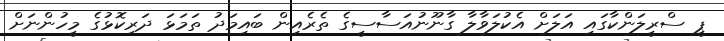
ޕީ ސްރީލަންކާގައި އަލަށް އެކުލަވާލާ ގާނޫނުއަސާސީގެ ތެރެއިން ބައިމަދު ތަމަޅަ ދަރިކޮޅުގެ މީހުންނަށް